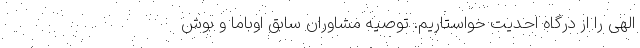
الهی را از درگاه احدیت خواستاریم. توصیه مشاوران سابق اوباما و بوش